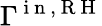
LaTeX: \Gamma^{\mathrm{~i~n~,~R~H~}}